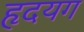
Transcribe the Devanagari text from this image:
हृदयग